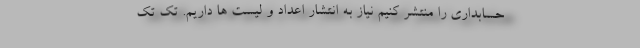
حسابداری را منتشر کنیم نیاز به انتشار اعداد و لیست ها داریم. تک تک